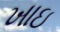
ખાઇ